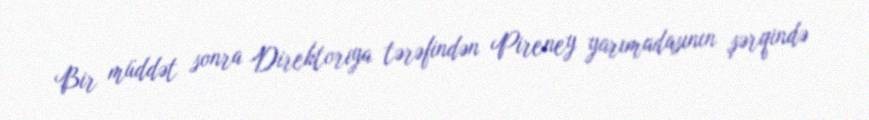
Bir müddət sonra Direktoriya tərəfindən Pireney yarımadasının şərqində